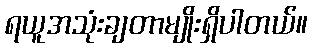
ရယူအသုံးချတာမျိုးရှိပါတယ်။